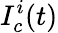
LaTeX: I_{c}^{i}(t)